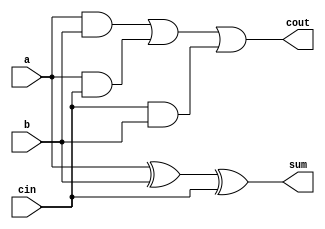
`timescale 1ns / 1ps
//////////////////////////////////////////////////////////////////////////////////
// Company: 
// Engineer: 
// 
// Design Name: 
// Module Name: ripple_carry_adder
// Project Name: 
// Target Devices: 
// Tool Versions: 
// Description: 
// 
// Dependencies: 
// 
// Revision:
// Revision 0.01 - File Created
// Additional Comments:
// 
//////////////////////////////////////////////////////////////////////////////////

// Takes 3 input bits a,b,cin and produces the corresponding carry and sum
module full_adder(a,b,cin,sum,cout);
    input a,b,cin;
    output sum,cout;
    wire w1,w2,w3;
    xor sum_bit(sum,a,b,cin);
    and m1(w1,a,b);
    and m2(w2,a,cin);
    and m3(w3,cin,b);
    or m4(cout,w1,w2,w3);    // If atleast any two of a,b,cin bits are set then carry bit is set
endmodule

//2-bit adder using two full adders
module two_bit_adder(a,b,cin,sum,cout);

input [1:0] a,b;
input cin;
output wire [1:0] sum; 
output wire cout;
wire carry; // store intermediate carry
full_adder f1(.a(a[0]),.b(b[0]),.cin(cin),.sum(sum[0]),.cout(carry));
full_adder f2(.a(a[1]),.b(b[1]),.cin(carry),.sum(sum[1]),.cout(cout)); // carry from 1st full adder act as input carry for 2nd full adder

endmodule

//4-bit adder using two 2-bit adders
module four_bit_adder(a,b,cin,sum,cout);

input [3:0] a,b;
input cin;
output wire [3:0] sum;
output wire cout;
wire carry; // store intermediate carry
two_bit_adder f1(.a(a[1:0]),.b(b[1:0]),.cin(cin),.sum(sum[1:0]),.cout(carry));
two_bit_adder f2(.a(a[3:2]),.b(b[3:2]),.cin(carry),.sum(sum[3:2]),.cout(cout));  // carry from 1st 2-bit adder act as input carry for 2nd 2-bit adder

endmodule

module ripple_carry_adder(a,b,cin,sum,cout);

input [7:0] a,b;
input cin;
output wire [7:0] sum;
output wire cout;
wire carry; // store intermediate carry
four_bit_adder f1(.a(a[3:0]),.b(b[3:0]),.cin(cin),.sum(sum[3:0]),.cout(carry));
four_bit_adder f2(.a(a[7:4]),.b(b[7:4]),.cin(carry),.sum(sum[7:4]),.cout(cout)); // carry from 1st 4-bit adder act as input carry for 2nd 4-bit adder


endmodule